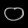
Digit: ၀